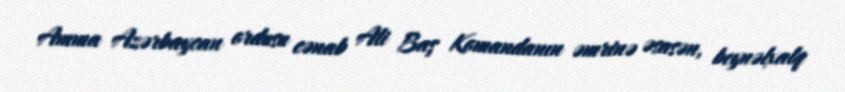
Amma Azərbaycan ordusu cənab Ali Baş Komandanın əmrinə əsasən, beynəlxalq